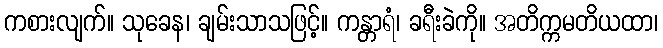
ကစားလျက်။ သုခေန၊ ချမ်းသာသဖြင့်။ ကန္တာရံ၊ ခရီးခဲကို။ အတိက္ကမတိယထာ၊